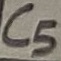
Text: C5